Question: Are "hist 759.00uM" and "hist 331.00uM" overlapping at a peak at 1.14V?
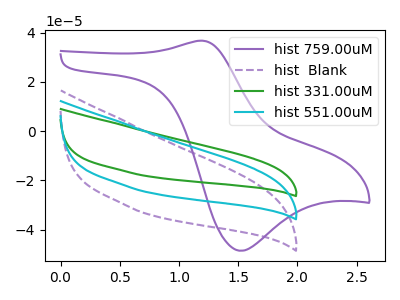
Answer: <think>The purple curve "hist 759.00uM" has an anodic peak at (1.20V, 36.75uA) and a cathodic peak at (1.50V, -48.60uA). The purple dashed curve "hist  Blank" has no peaks. The green curve "hist 331.00uM" has no peaks. The cyan curve "hist 551.00uM" has no peaks.</think>
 <answer>No, "hist 759.00uM" and "hist 331.00uM" dont share a peak at 1.14V.</answer>
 <eval>mismatch</eval>